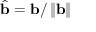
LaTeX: { \widehat { \mathbf { b } } } = \mathbf { b } / \left\| \mathbf { b } \right\|